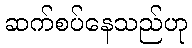
ဆက်စပ်နေသည်ဟု